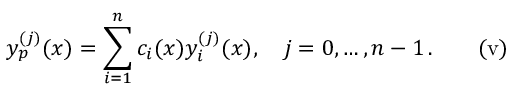
y _ { p } ^ { ( j ) } ( x ) = \sum _ { i = 1 } ^ { n } c _ { i } ( x ) y _ { i } ^ { ( j ) } ( x ) , \quad j = 0 , \ldots , n - 1 \, \mathrm { . } \quad \quad \mathrm { { ( v ) } }